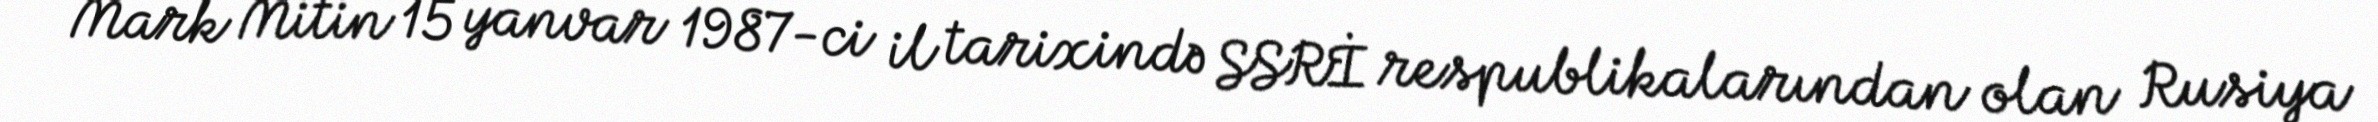
Mark Mitin 15 yanvar 1987-ci il tarixində SSRİ respublikalarından olan Rusiya